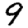
Digit: 9